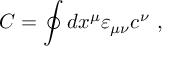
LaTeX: { C } = \oint d x ^ { \mu } \varepsilon _ { \mu \nu } c ^ { \nu } \ ,